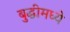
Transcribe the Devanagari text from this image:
बुद्धीमध्ये